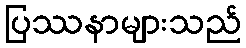
ပြဿနာများသည်